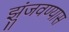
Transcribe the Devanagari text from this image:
झुंजवण्यास